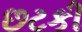
છટકી